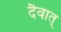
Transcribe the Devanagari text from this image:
दैवात्‌